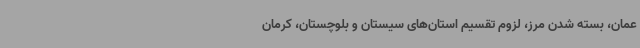
عمان، بسته شدن مرز، لزوم تقسیم استان‌های سیستان و بلوچستان، کرمان